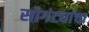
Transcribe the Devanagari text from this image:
सोगंट्यांचा